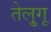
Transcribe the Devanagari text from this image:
तेलु्गू